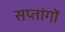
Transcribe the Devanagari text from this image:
सप्तांगों